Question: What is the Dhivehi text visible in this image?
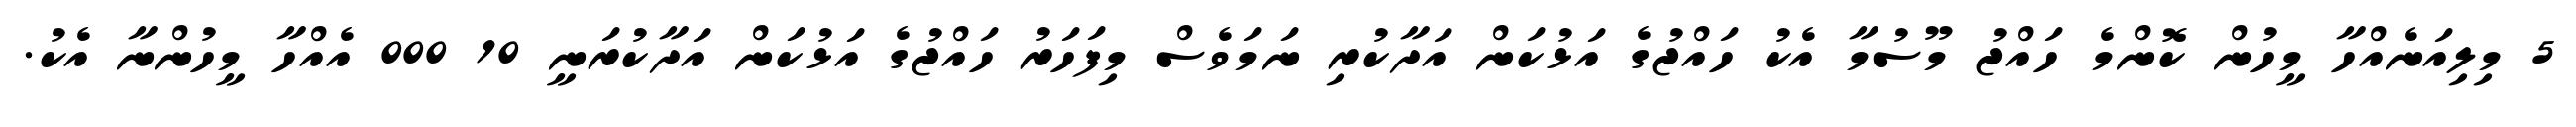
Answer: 5 މިލިއަނެއްހާ މީހުން ކޮންމެ ހައްޖު މޫސުމާ އެކު ހައްޖުގެ އަޅުކަން އަދާކުރި ނަމަވެސް މިފަހަރު ހައްޖުގެ އަޅުކަން އަދާކުރަނީ 10 000 އެއްހާ މީހުންނާ އެކު.